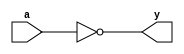
module invert_m (   
    input   a,
    output  y);

assign y = ~a;

endmodule